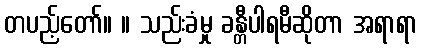
တပည့်တော်။ ။ သည်းခံမှု ခန္တီပါရမီဆိုတာ အရာရာ